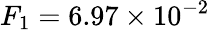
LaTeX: F_{1}=6.97\times 10^{-2}